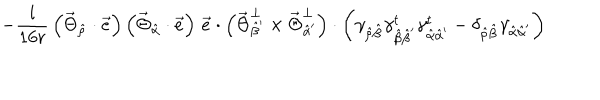
- \frac { i } { 1 6 r } \, \left( \vec { \Theta } _ { \hat { \rho } } \cdot \vec { e } \right) \left( \vec { \Theta } _ { \hat { \alpha } } \cdot \vec { e } \right) \, \vec { e } \cdot \left( \vec { \Theta } _ { \hat { \beta } ^ { \prime } } ^ { \bot } \times \vec { \Theta } _ { \hat { \alpha } ^ { \prime } } ^ { \bot } \right) \cdot \left( \gamma _ { \hat { \rho } \hat { \beta } } \gamma _ { \hat { \beta } \hat { \beta } ^ { \prime } } ^ { t } \gamma _ { \hat { \alpha } \hat { \alpha } ^ { \prime } } ^ { t } - \delta _ { \hat { \rho } \hat { \beta } } \gamma _ { \hat { \alpha } \hat { \alpha } ^ { \prime } } \right)